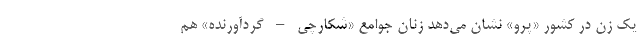
یک زن در کشور «پرو» نشان می‌دهد زنان جوامع «شکارچی – گردآورنده» هم